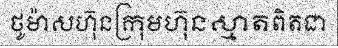
ថូម៉ាសហ៊ុនក្រុមហ៊ុនស្មាតពិតជា